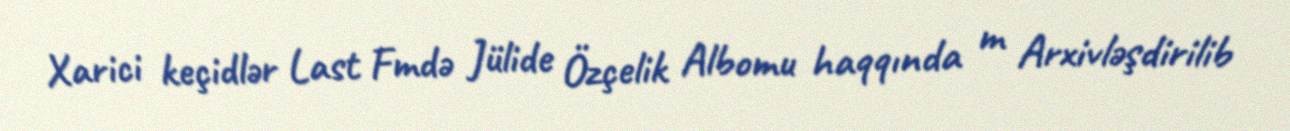
Xarici keçidlər Last Fmdə Jülide Özçelik Albomu haqqında m Arxivləşdirilib